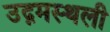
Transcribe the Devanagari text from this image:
उद्गमस्थली